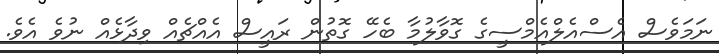
ނަމަވެސް އެސްއެލްއެމްސީގެ ގޮވާލުމާ ބެހޭ ގޮތުން ރައީސް އެއްޗެއް ވިދާޅެއް ނުވެ އެވެ.